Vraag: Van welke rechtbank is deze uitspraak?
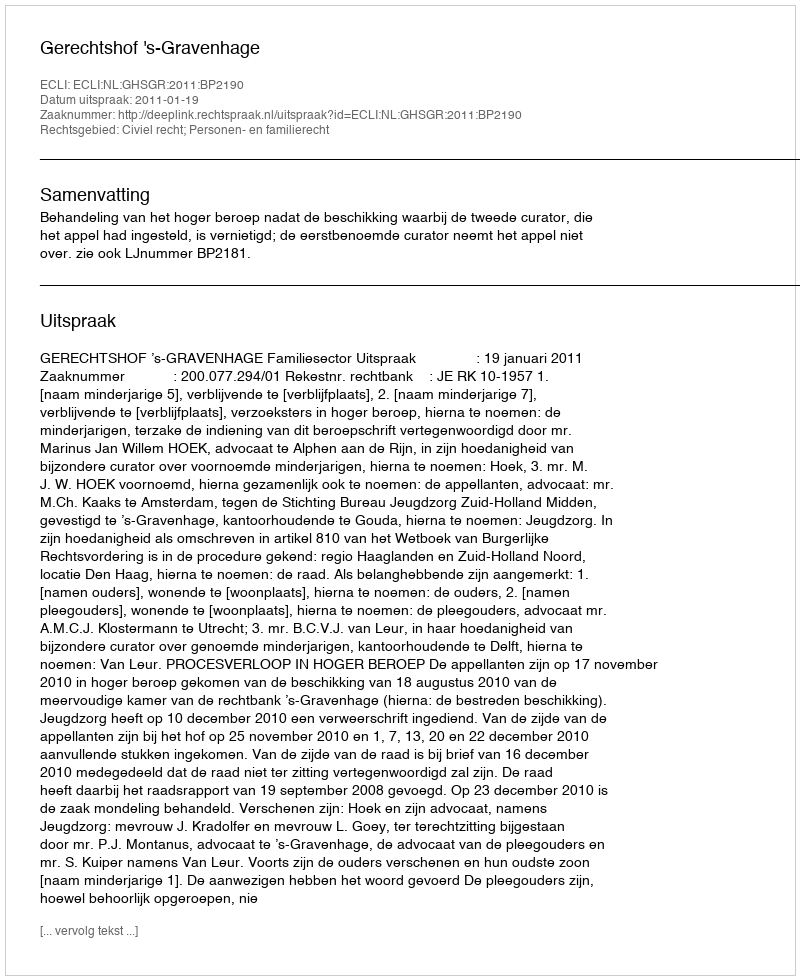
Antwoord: Gerechtshof 's-Gravenhage